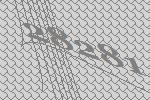
28281